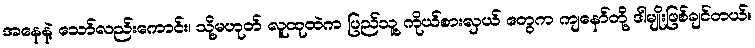
အနေနဲ့ သော်လည်းကောင်း၊ သို့မဟုတ် လူထုထဲက ပြည်သူ့ ကိုယ်စားလှယ် တွေက ကျနော်တို့ ဒါမျိုးဖြစ်ချင်တယ်။